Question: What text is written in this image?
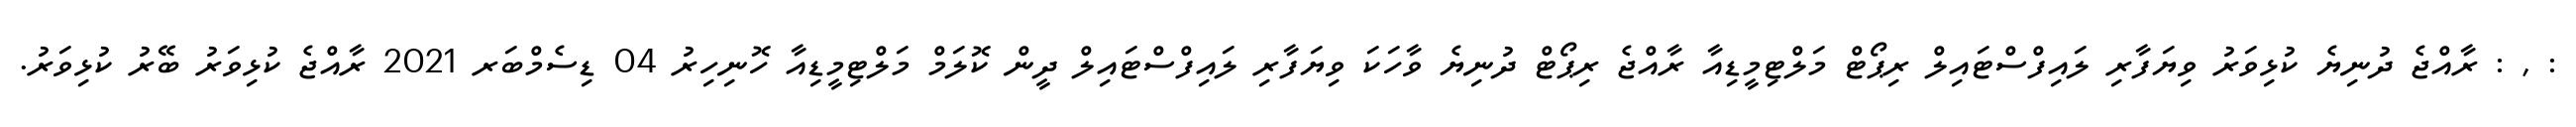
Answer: : , : ރާއްޖެ ދުނިޔެ ކުޅިވަރު ވިޔަފާރި ލައިފްސްޓައިލް ރިޕޯޓް މަލްޓިމީޑިއާ ރާއްޖެ ރިޕޯޓް ދުނިޔެ ވާހަކަ ވިޔަފާރި ލައިފްސްޓައިލް ދީން ކޮލަމް މަލްޓިމީޑިއާ ހޮނިހިރު 04 ޑިސެމްބަރ 2021 ރާއްޖެ ކުޅިވަރު ބޭރު ކުޅިވަރު.